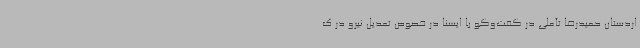
اردستان حمیدرضا تأملی در گفت‌وگو با ایسنا در خصوص تعدیل نیرو در ک